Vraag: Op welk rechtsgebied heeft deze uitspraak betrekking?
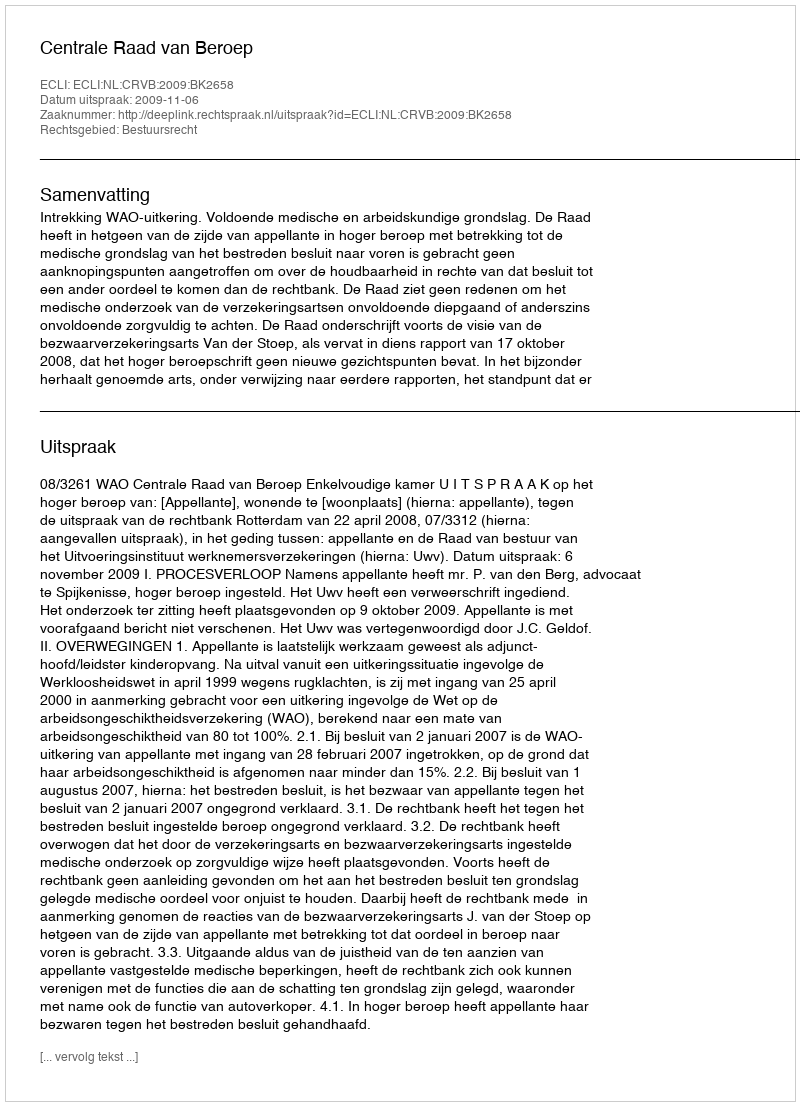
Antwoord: Bestuursrecht